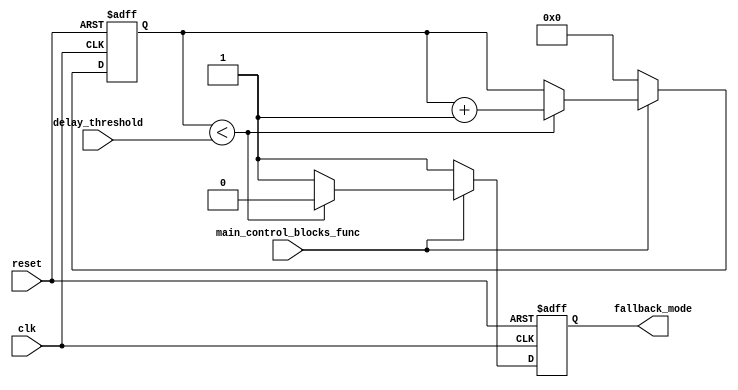
module Fallback_Bypass_Register (
    input clk,
    input reset,
    input main_control_blocks_func,
    input [7:0] delay_threshold,
    output reg fallback_mode
);

reg [7:0] delay_counter;

always @(posedge clk or posedge reset) begin
    if (reset) begin
        fallback_mode <= 0;
        delay_counter <= 0;
    end else begin
        if (main_control_blocks_func) begin
            if (delay_counter < delay_threshold) begin
                fallback_mode <= 0;
                delay_counter <= delay_counter + 1;
            end else begin
                fallback_mode <= 1;
            end
        end else begin
            fallback_mode <= 1;
            delay_counter <= 0;
        end
    end
end

endmodule